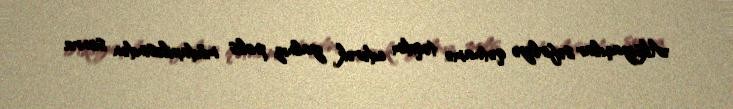
Aksiyaçılar səfirliyə qətnamə təqdim edərək yalnız polis müdaxiləsindən sonra